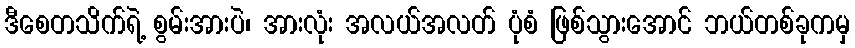
ဒီစေတသိက်ရဲ့ စွမ်းအားပဲ၊ အားလုံး အလယ်အလတ် ပုံစံ ဖြစ်သွားအောင် ဘယ်တစ်ခုကမှ